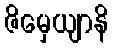
ဇိမှေယျာနိ